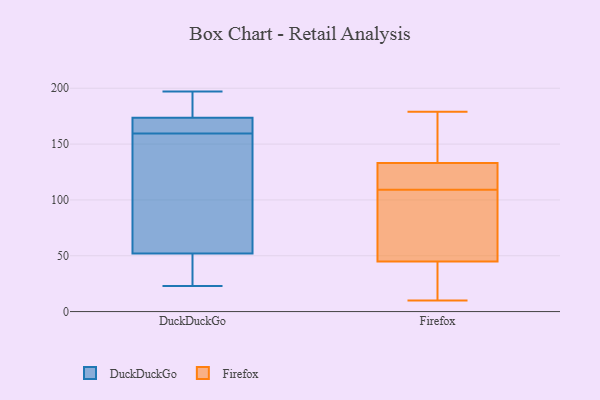
{"axis": {"x": "Net Income (USD K)", "y": "Value"}, "legend": ["DuckDuckGo", "Firefox"], "data": [{"x": "", "y": 114, "type": "DuckDuckGo"}, {"x": "", "y": 36, "type": "DuckDuckGo"}, {"x": "", "y": 169, "type": "DuckDuckGo"}, {"x": "", "y": 169, "type": "DuckDuckGo"}, {"x": "", "y": 191, "type": "DuckDuckGo"}, {"x": "", "y": 52, "type": "DuckDuckGo"}, {"x": "", "y": 196, "type": "DuckDuckGo"}, {"x": "", "y": 174, "type": "DuckDuckGo"}, {"x": "", "y": 99, "type": "DuckDuckGo"}, {"x": "", "y": 159, "type": "DuckDuckGo"}, {"x": "", "y": 23, "type": "DuckDuckGo"}, {"x": "", "y": 173, "type": "DuckDuckGo"}, {"x": "", "y": 162, "type": "DuckDuckGo"}, {"x": "", "y": 160, "type": "DuckDuckGo"}, {"x": "", "y": 194, "type": "DuckDuckGo"}, {"x": "", "y": 44, "type": "DuckDuckGo"}, {"x": "", "y": 31, "type": "DuckDuckGo"}, {"x": "", "y": 52, "type": "DuckDuckGo"}, {"x": "", "y": 197, "type": "DuckDuckGo"}, {"x": "", "y": 77, "type": "DuckDuckGo"}, {"x": "", "y": 125, "type": "Firefox"}, {"x": "", "y": 50, "type": "Firefox"}, {"x": "", "y": 179, "type": "Firefox"}, {"x": "", "y": 161, "type": "Firefox"}, {"x": "", "y": 170, "type": "Firefox"}, {"x": "", "y": 112, "type": "Firefox"}, {"x": "", "y": 113, "type": "Firefox"}, {"x": "", "y": 69, "type": "Firefox"}, {"x": "", "y": 29, "type": "Firefox"}, {"x": "", "y": 73, "type": "Firefox"}, {"x": "", "y": 102, "type": "Firefox"}, {"x": "", "y": 10, "type": "Firefox"}, {"x": "", "y": 22, "type": "Firefox"}, {"x": "", "y": 130, "type": "Firefox"}, {"x": "", "y": 142, "type": "Firefox"}, {"x": "", "y": 109, "type": "Firefox"}, {"x": "", "y": 20, "type": "Firefox"}]}